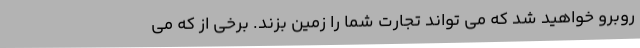
روبرو خواهید شد که می تواند تجارت شما را زمین بزند. برخی از که می